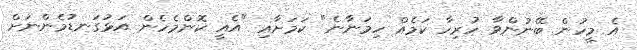
އެ މީހުން ބޭނުންވާ ހުރިހާ ކަމެއް ހިމަނާނެ" ކަމަށާއި "އެއީ ކޮންމެހެން އަޅުގަނޑުމެންނަށް